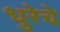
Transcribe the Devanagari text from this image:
धुरेचे